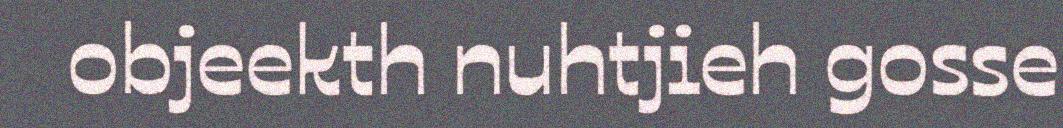
objeekth nuhtjieh gosse